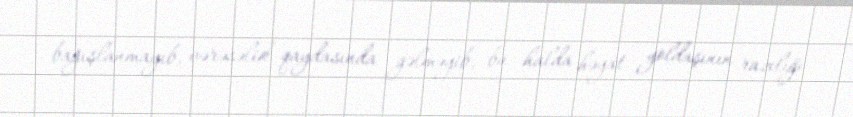
bağışlanmayıb, vərəsəlik qaydasında gəlməyib, bu halda həyat yoldaşının razılığı